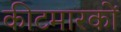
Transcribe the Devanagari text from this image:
कीटमारकों